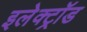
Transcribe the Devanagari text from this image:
इलेक्ट्रॉड